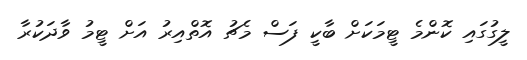
ލީގުގައި ކޮންމެ ޓީމަަކަށް ބާކީ ފަސް މެޗު އޮތްއިރު އަށް ޓީމު ވާދަކުރާ